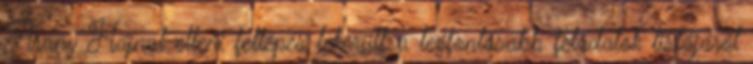
Arany Hajnal elleni fellépés lekerült a legfontosabb feladatok listájáról